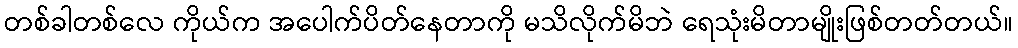
တစ်ခါတစ်လေ ကိုယ်က အပေါက်ပိတ်နေတာကို မသိလိုက်မိဘဲ ရေသုံးမိတာမျိုးဖြစ်တတ်တယ်။